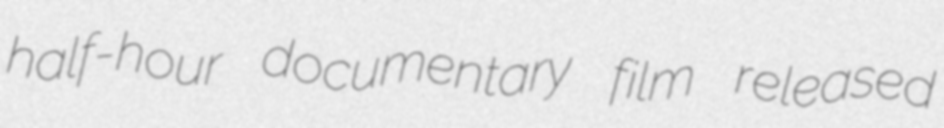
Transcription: half-hour documentary film released